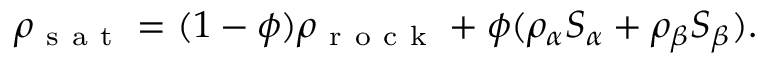
\rho _ { \mathrm { ~ s ~ a ~ t ~ } } = ( 1 - \phi ) \rho _ { \mathrm { ~ r ~ o ~ c ~ k ~ } } + \phi ( \rho _ { \alpha } S _ { \alpha } + \rho _ { \beta } S _ { \beta } ) .